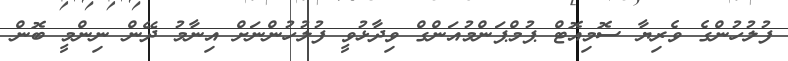
ފުލުހުންގެ ވެރިޔާ ސޮމިއޮޓް ޕުމްޕަންމުއަންގް ވިދާޅުވީ ފުލުހުންނަށް އިނާމު ދޭން ނިންމީ ބޮން